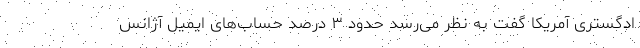
ادگستری آمریکا گفت به نظر می‌رسد حدود ۳ درصد حساب‌های ایمیل‌ آژانس